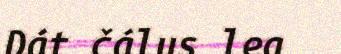
Dát čálus lea